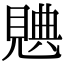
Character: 𧡝